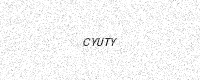
Text: CYUTY